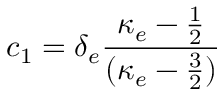
c _ { 1 } = \delta _ { e } \frac { \kappa _ { e } - \frac { 1 } { 2 } } { ( \kappa _ { e } - \frac { 3 } { 2 } ) }